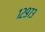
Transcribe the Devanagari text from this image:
१२९७३